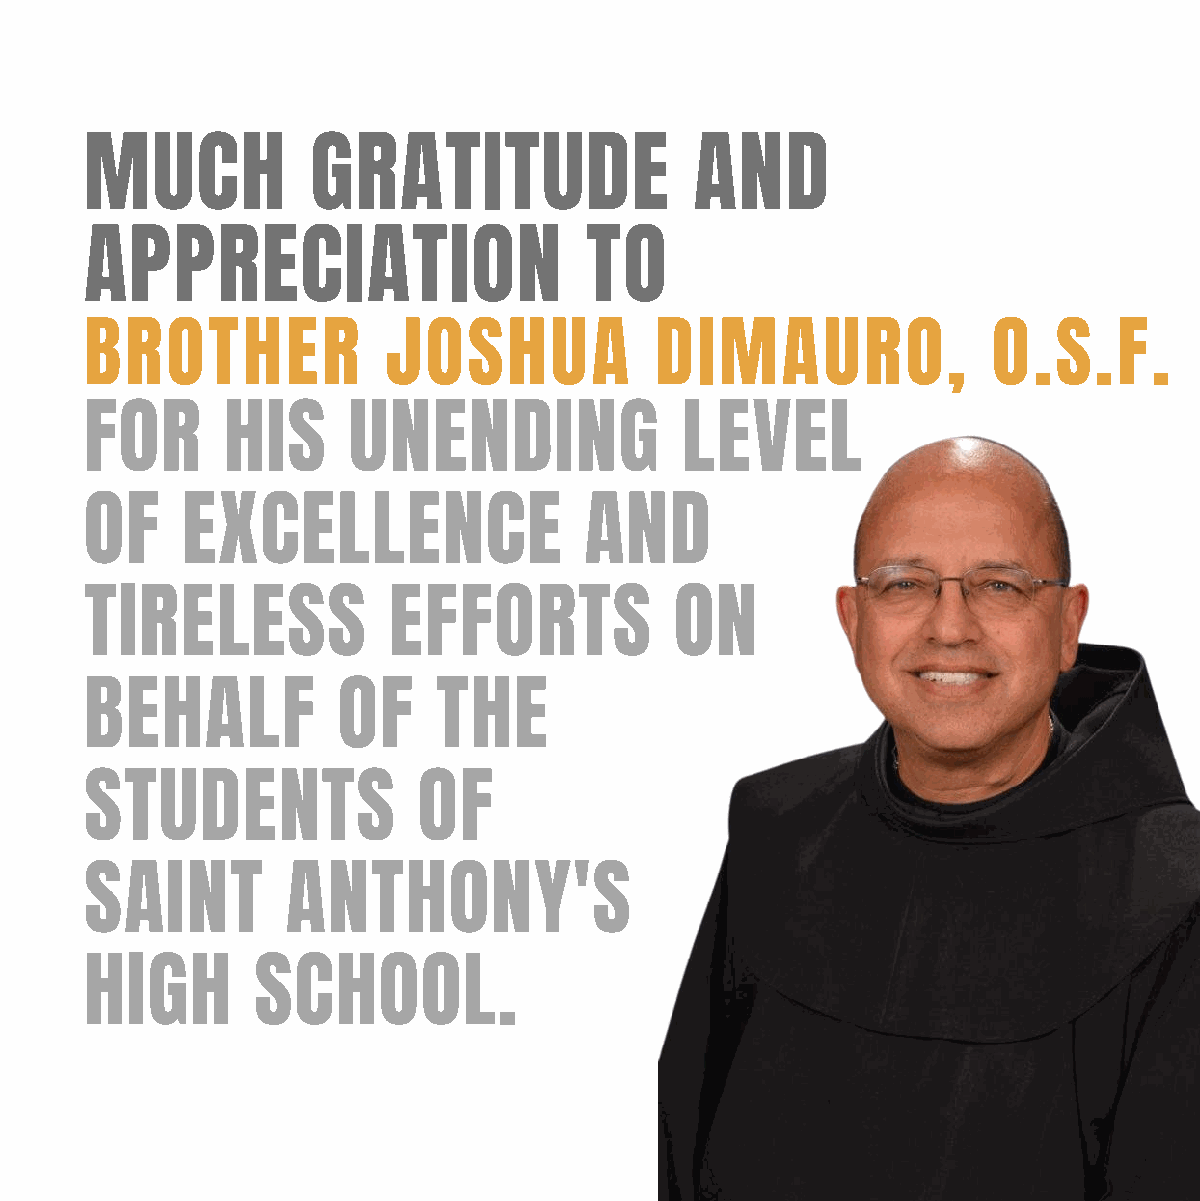
MUCH           GRATITUDE                AND
 APPRECIATION                     TO
 BROTHER             JOSHUA           DIMAURO,               O.S.F.
 FOR      HIS     UNENDING              LEVEL
 OF    EXCELLENCE                 AND
 TIRELESS            EFFORTS            ON
 BEHALF          OF     THE
 STUDENTS              OF
 SAINT        ANTHONY'S
 HIGH       SCHOOL.